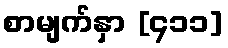
စာမျက်နှာ [၄၁၁]